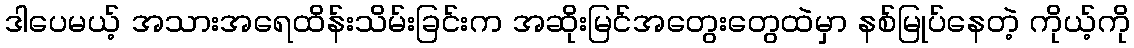
ဒါပေမယ့် အသားအရေထိန်းသိမ်းခြင်းက အဆိုးမြင်အတွေးတွေထဲမှာ နစ်မြုပ်နေတဲ့ ကိုယ့်ကို